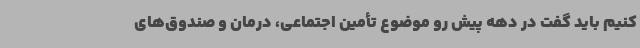
کنیم باید گفت در دهه پیش رو موضوع تأمین اجتماعی، درمان و صندوق‌های